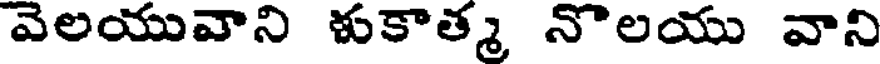
వెలయువాని ళుకాత్మ నొలయు వాని